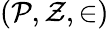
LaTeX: ({\mathcal{P}},{\mathcal{Z}},\in)